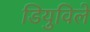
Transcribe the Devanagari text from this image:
डियुविले